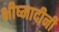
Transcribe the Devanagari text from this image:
भीष्मादीनी